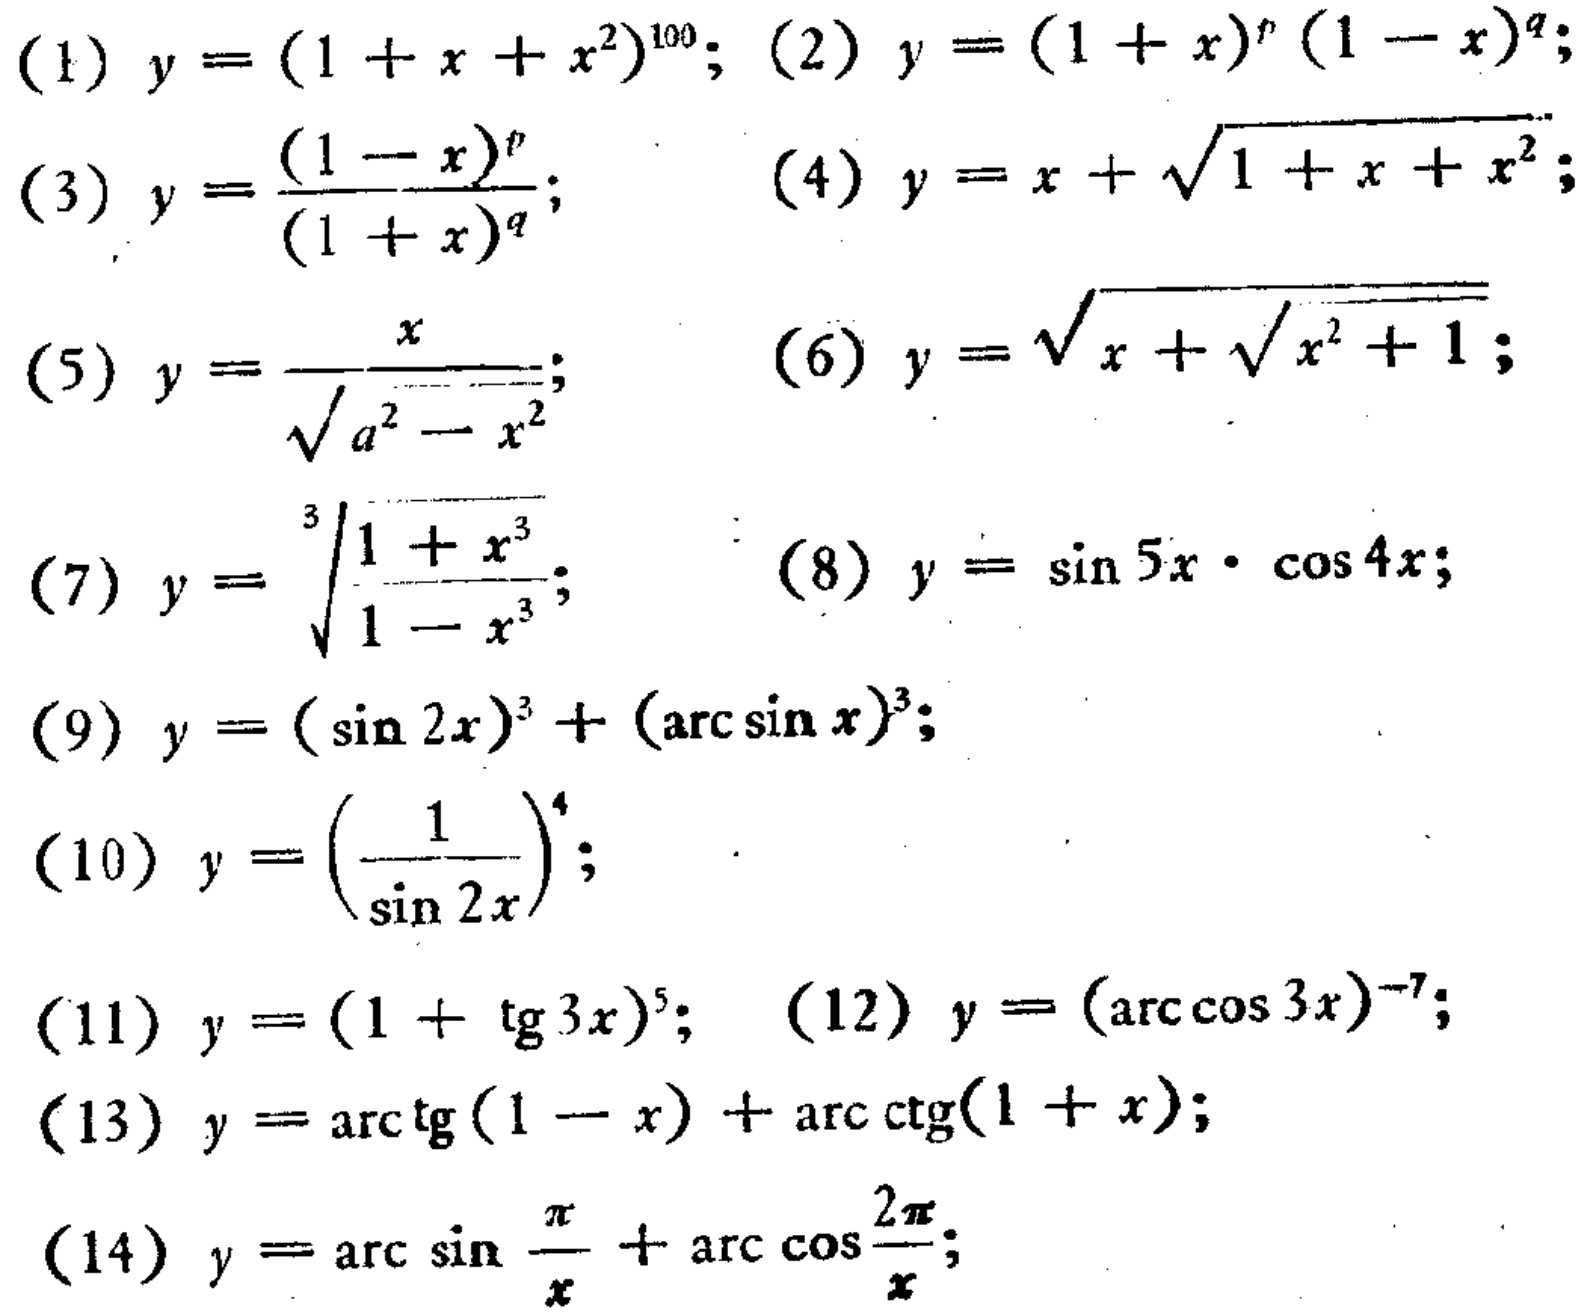
(1) \(y=(1 + x + x^{2})^{100}\); (2) \(y=(1 + x)^{p}(1 - x)^{q}\);
(3) \(y=\frac{(1 - x)^{p}}{(1 + x)^{q}}\); (4) \(y=x+\sqrt{1 + x + x^{2}}\);
(5) \(y=\frac{x}{\sqrt{a^{2}-x^{2}}}\); (6) \(y=\sqrt{x+\sqrt{x^{2}+1}}\);
(7) \(y = \sqrt[3]{\frac{1 + x^{3}}{1 - x^{3}}}\); (8) \(y=\sin5x\cdot\cos4x\);
(9) \(y = (\sin2x)^{3}+(\arcsin x)^{3}\); (10) \(y = (\frac{1}{\sin2x})^{4}\);
(11) \(y=(1 + \tan3x)^{5}\); (12) \(y = (\arccos3x)^{-7}\);
(13) \(y=\arctan(1 - x)+\text{arccot}(1 + x)\);
(14) \(y=\arcsin\frac{\pi}{x}+\arccos\frac{2\pi}{x}\);